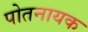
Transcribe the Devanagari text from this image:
पोतनायक